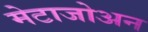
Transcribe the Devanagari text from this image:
मेटाजोअन